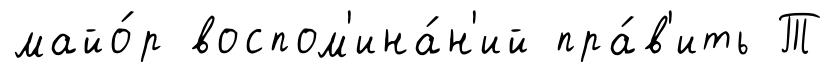
майо́р воспом'ина́н'ий пра́в'ить Т